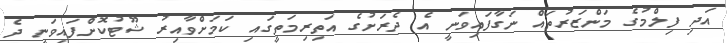
އަދި ފިލްމުގެ މަންޒަރުތައް ނަގާފައިވަނީ އެ ދެރަށުގެ އަތިރިމަތީގައި ކަމަށްވާއިރު ޝޫޓުކޮށްފައިވަނީ ދެ